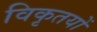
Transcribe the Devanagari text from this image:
विकृतयों